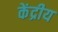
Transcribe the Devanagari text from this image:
केंद्रीय